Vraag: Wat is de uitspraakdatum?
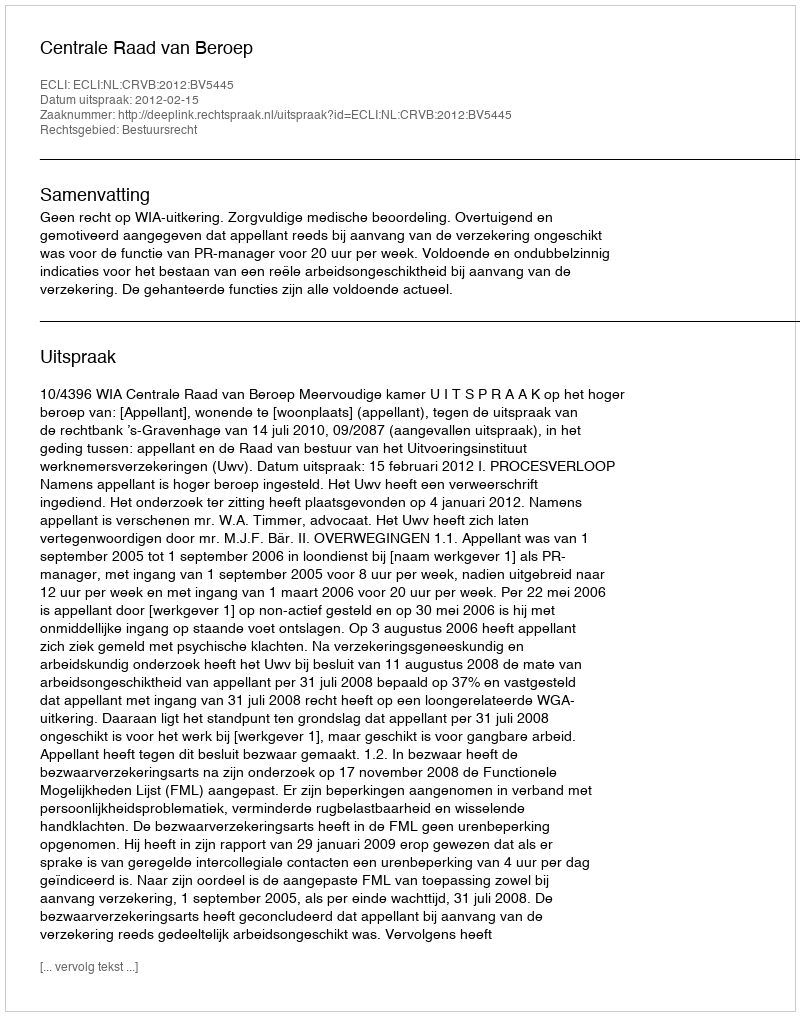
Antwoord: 2012-02-15